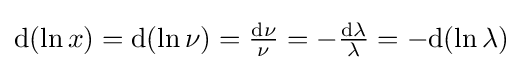
{\textstyle \mathrm {d} (\ln x)=\mathrm {d} (\ln \nu )={\frac {\mathrm {d} \nu }{\nu }}=-{\frac {\mathrm {d} \lambda }{\lambda }}=-\mathrm {d} (\ln \lambda )}